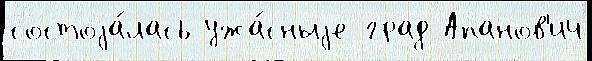
состоjа́лась ужа́сныjе град Апанов'ич